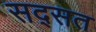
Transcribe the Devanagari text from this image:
सद्सत